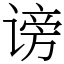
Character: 谤